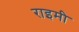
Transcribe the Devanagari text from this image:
राइमी